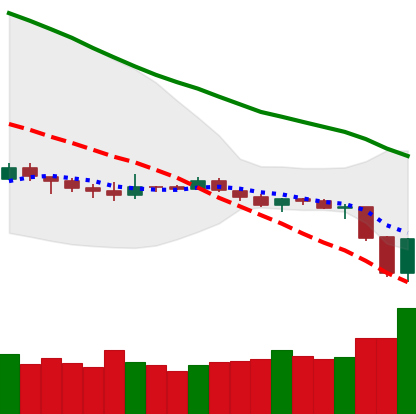
Ticker: ETH-USD
Chart end date: 2019-12-18
Forward return: -3.365%
Label: down_3_5